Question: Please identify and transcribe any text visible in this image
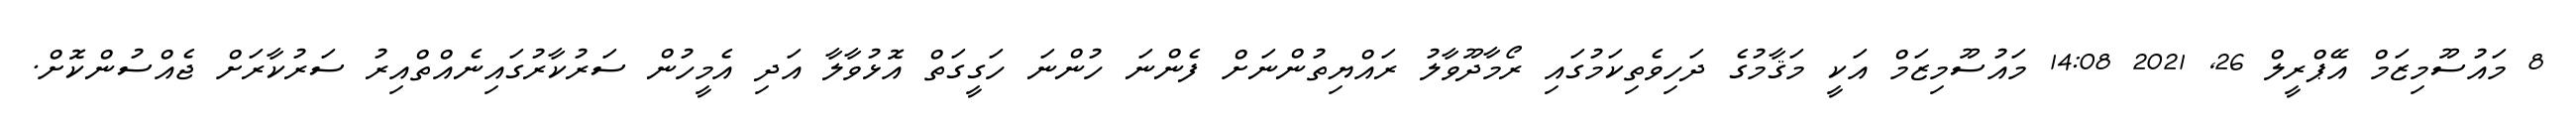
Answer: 8 މައުސޫމިޒަމް އޭޕްރީލް 26, 2021 14:08 މައުސޫމިޒަމް އަކީ މަޤާމުގެ ދަހިވެތިކަމުގައި ރޯމާދޫވާލު ރައްޔިތުންނަށް ފެންނަ ހުންނަ ހަގީގަތް އޮޅުވާލާ އަދި އެމީހުން ސަރުކާރުގައިނެއްތްއިރު ސަރުކާރަށް ޖެއްސުންކޮށް.